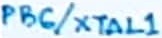
Text: PB6/XTAL1